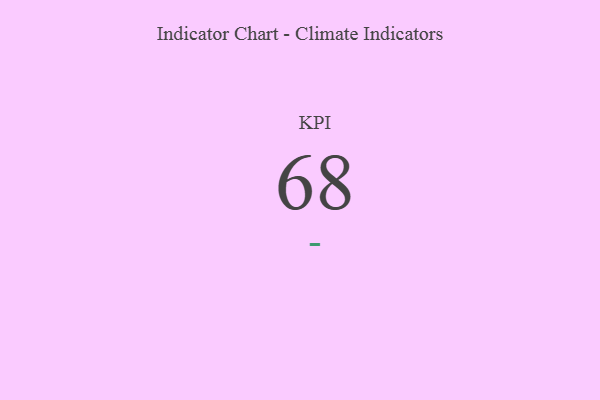
{"axis": {"x": "KPI", "y": "Value"}, "legend": [""], "data": [{"x": "KPI", "y": 68, "type": ""}]}